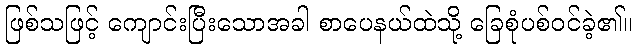
ဖြစ်သဖြင့် ကျောင်းပြီးသောအခါ စာပေနယ်ထဲသို့ ခြေစုံပစ်ဝင်ခဲ့၏။